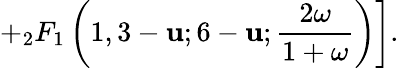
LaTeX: \left.+{}_{2}F_{1}\left(1,3-\mathbf{u};6-\mathbf{u};\frac{{2\omega}}{{1+\omega}}\right)\right].